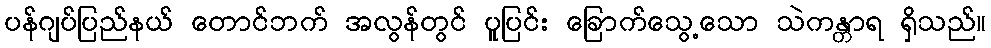
ပန်ဂျပ်ပြည်နယ် တောင်ဘက် အလွန်တွင် ပူပြင်း ခြောက်သွေ့သော သဲကန္တာရ ရှိသည်။